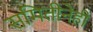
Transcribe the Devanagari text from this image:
समितीनेही